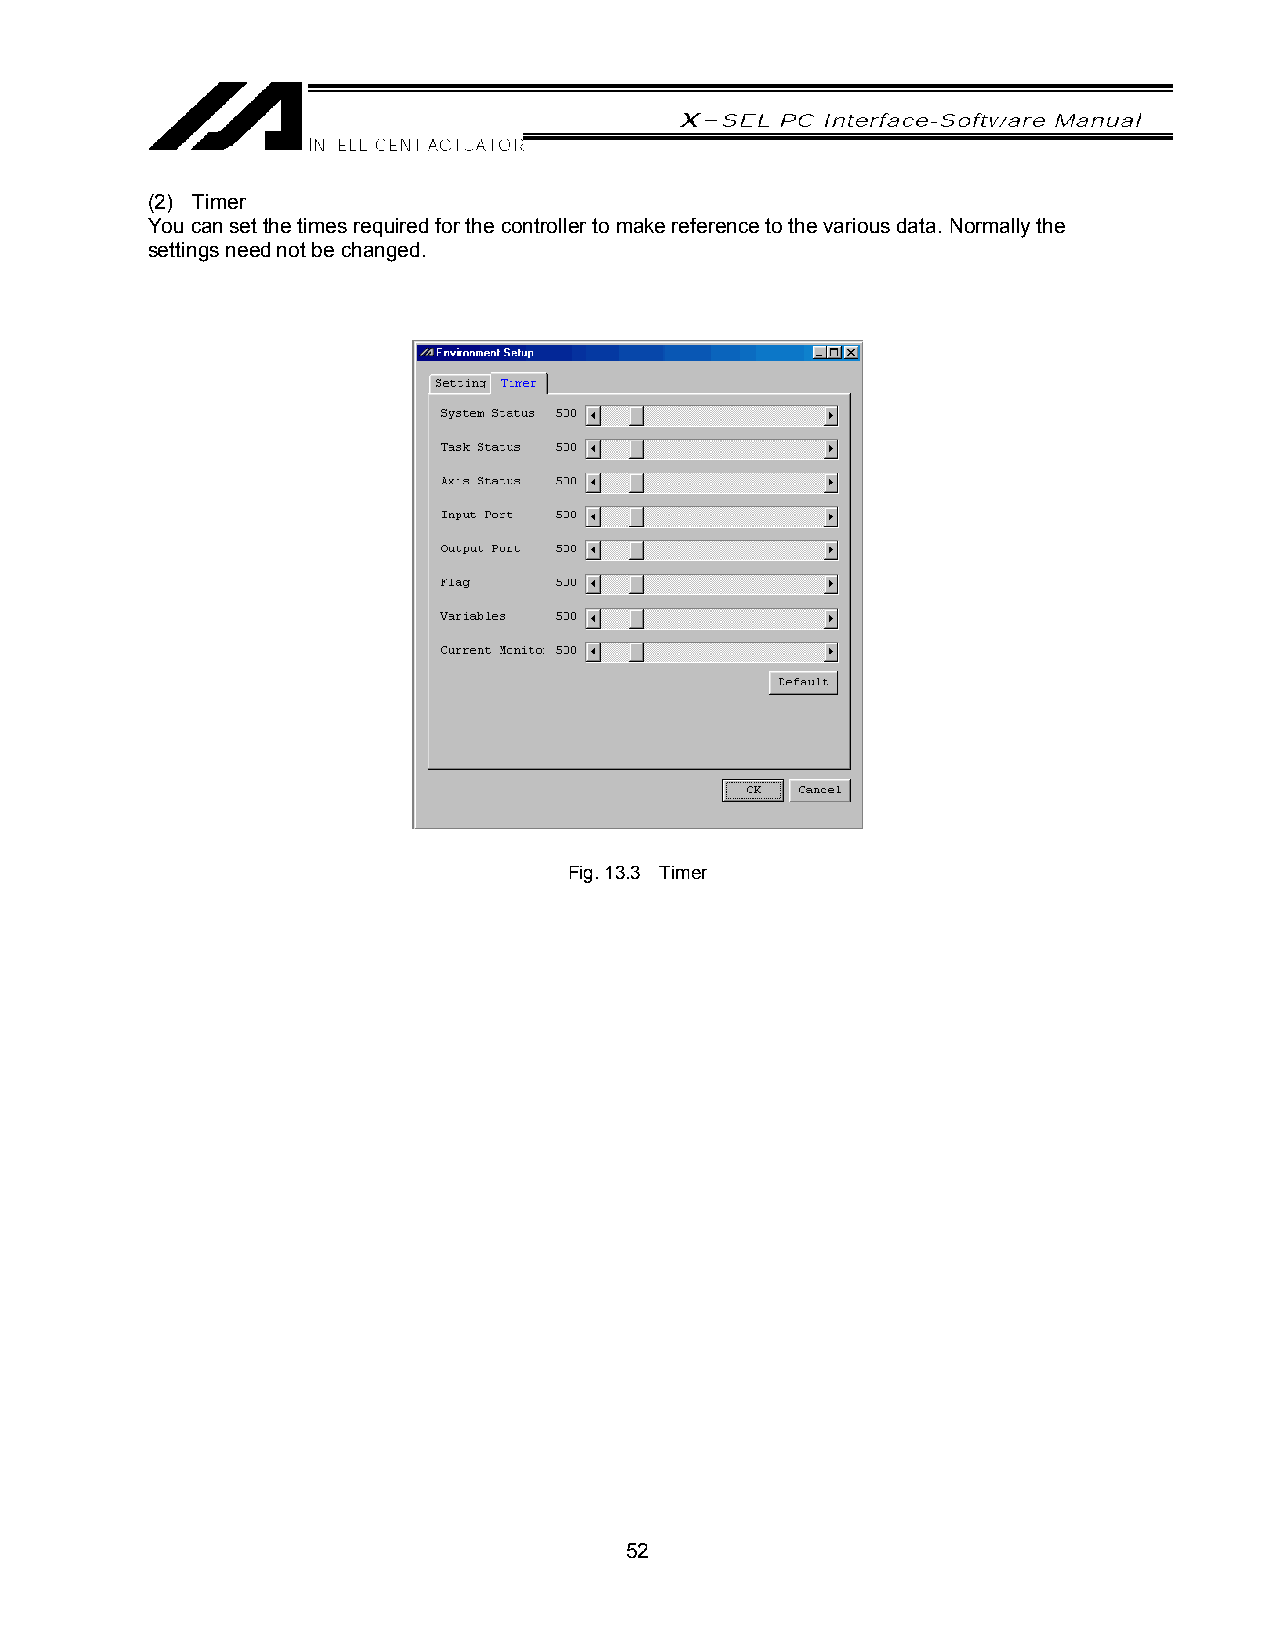
(2) Timer
 You can set the times required for the controller to make reference to the various data. Normally the
 settings need not be changed.
 Fig. 13.3 Timer
 52